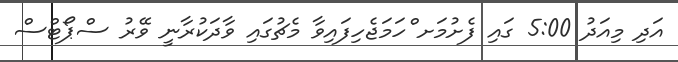
އަދި މިއަދު 5:00 ގައި ފެށުމަށ ްހަމަޖެހިފައިވާ މެޗުގައި ވާދަކުރާނީ ވޭރު ސްޕޯޓްސް